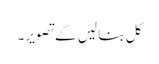
کل بنا لیں گے تصویر۔